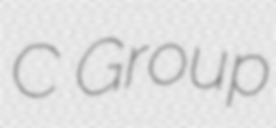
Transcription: C Group